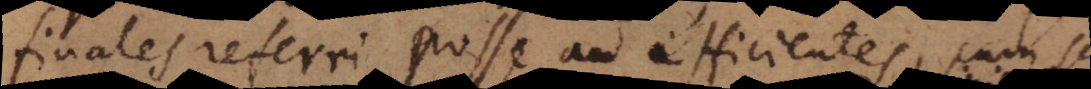
finales referri posse ad efficientes, cum sci